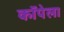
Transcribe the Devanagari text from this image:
कॉपेला